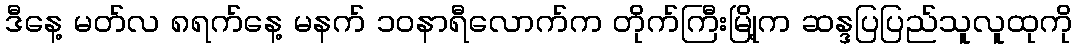
ဒီနေ့ မတ်လ ၈ရက်နေ့ မနက် ၁၀နာရီလောက်က တိုက်ကြီးမြို့က ဆန္ဒပြပြည်သူလူထုကို